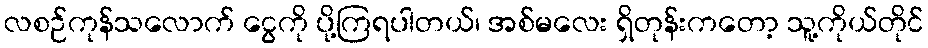
လစဉ်ကုန်သလောက် ငွေကို ပို့ကြရပါတယ်၊ အစ်မလေး ရှိတုန်းကတော့ သူ့ကိုယ်တိုင်